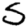
Digit: 5